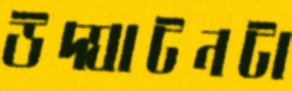
উদ্ঘাটনটা